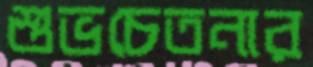
শুভচেতনার